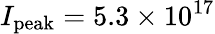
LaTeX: I_{\mathrm{peak}}=5.3\times 10^{17}